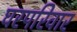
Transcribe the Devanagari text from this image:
घरपरिवार